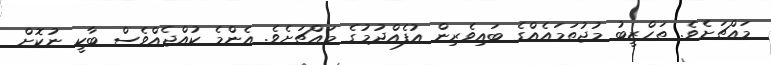
މައްޗަށެވެ. ތަހްޒީބު މުޖުތަމައެއްގެ ބައިވެރިން އުފެއްދުމުގެ މައްޗަށެވެ. އެންމެ ކުއްޖެއްވެސް ބާކީ ނުކޮށް